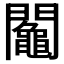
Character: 𨷟